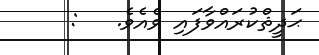
ޙަދީޘްކުރައްވާފައި ވެއެވެ.   :